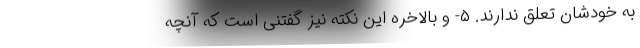
به خودشان تعلق ندارند. ۵- و بالاخره این نکته نیز گفتنی است که آنچه